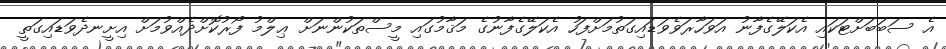
އެ ސަބަބަށްޓަކައި އެކަލޭގެފާނު އަވަހާރަވެވަޑައިގަތުމަށްފަހު އެކަލޭގެފާނުގެ މަޤާމުގައި މީސްތަކުންނަށް ޢިލްމު ފޯރުކޮށްދެއްވުމަށް އިށީނދެވަޑައިގަތީ